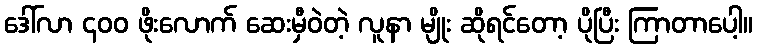
ဒေါ်လာ ၄၀၀ ဖိုးလောက် ဆေးမှီဝဲတဲ့ လူနာ မျိုး ဆိုရင်တော့ ပိုပြီး ကြာတာပေါ့။